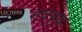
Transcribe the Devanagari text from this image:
सबसुख